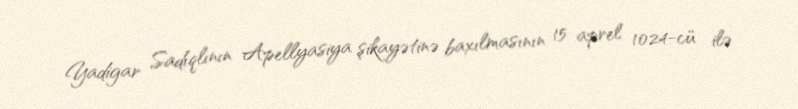
Yadigar Sadıqlının Apellyasiya şikayətinə baxılmasının 15 aprel 1024-cü ilə